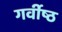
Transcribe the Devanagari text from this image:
गर्वीष्ठ